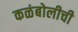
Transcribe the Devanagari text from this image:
कळंबोलीची